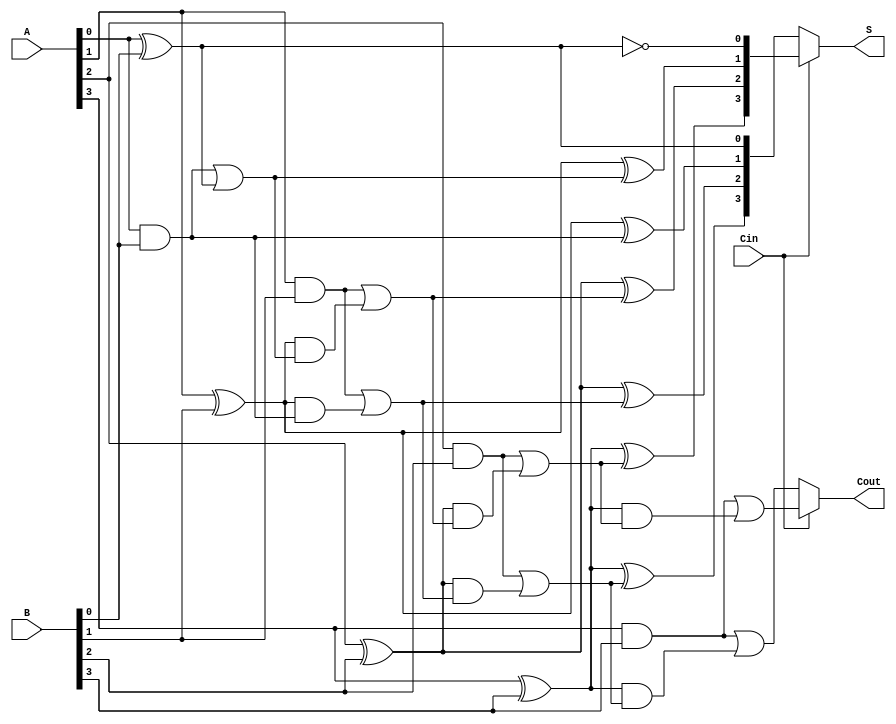
module DynamicCarrySelectAdder #(parameter N = 4) (
    input  [N-1:0] A,      // First operand
    input  [N-1:0] B,      // Second operand
    input          Cin,     // Carry-in
    output [N-1:0] S,      // Sum output
    output         Cout     // Carry-out
);

    // Intermediate signals for sums and carry outs
    wire [N-1:0] S0, S1; // Sums for Cin = 0 and Cin = 1
    wire [N-1:0] C0, C1; // Carry outs for Cin = 0 and Cin = 1
    
    // Sub-Adders for Cin = 0
    generate
        genvar i;
        for (i = 0; i < N; i = i + 1) begin: subadder0
            if (i == 0) begin
                // First full adder
                assign S0[i] = A[i] ^ B[i] ^ 1'b0; // Cin = 0
                assign C0[i] = (A[i] & B[i]) | ((A[i] ^ B[i]) & 1'b0);
            end else begin
                // Subsequent full adders
                assign S0[i] = A[i] ^ B[i] ^ C0[i-1];
                assign C0[i] = (A[i] & B[i]) | ((A[i] ^ B[i]) & C0[i-1]);
            end
        end
    endgenerate

    // Sub-Adders for Cin = 1
    generate
        for (i = 0; i < N; i = i + 1) begin: subadder1
            if (i == 0) begin
                // First full adder
                assign S1[i] = A[i] ^ B[i] ^ 1'b1; // Cin = 1
                assign C1[i] = (A[i] & B[i]) | ((A[i] ^ B[i]) & 1'b1);
            end else begin
                // Subsequent full adders
                assign S1[i] = A[i] ^ B[i] ^ C1[i-1];
                assign C1[i] = (A[i] & B[i]) | ((A[i] ^ B[i]) & C1[i-1]);
            end
        end
    endgenerate

    // Carry Select Logic
    assign S = Cin ? S1 : S0; // Select sum based on Cin
    assign Cout = Cin ? C1[N-1] : C0[N-1]; // Select the final carry-out

endmodule